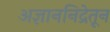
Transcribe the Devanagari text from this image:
अज्ञाननिद्रेतून